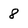
Character: 8